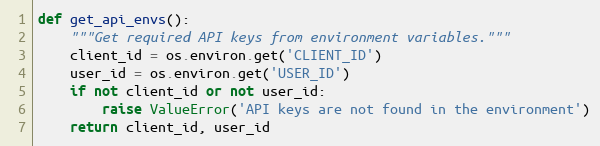
Language: Python
def get_api_envs():
    """Get required API keys from environment variables."""
    client_id = os.environ.get('CLIENT_ID')
    user_id = os.environ.get('USER_ID')
    if not client_id or not user_id:
        raise ValueError('API keys are not found in the environment')
    return client_id, user_id